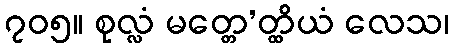
၇၀၅။ စုလ္လံ မတ္တေ’တ္ထိယံ လေသ၊